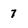
Character: 7